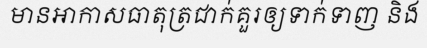
មានអាកាសធាតុត្រជាក់គួរឲ្យទាក់ទាញ និង